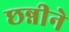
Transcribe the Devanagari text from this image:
छन्नीने